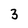
Character: 3